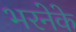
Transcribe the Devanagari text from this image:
भरनेके